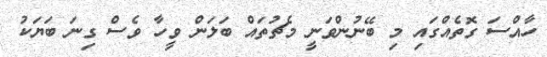
ހާއްސަ ގޮތެއްގައި މި ބޭނުންވަނީ މެޗުތައް ބަލަން ވީހާ ވެސް ގިނަ ބަޔަކު